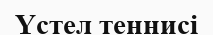
Үстел теннисі